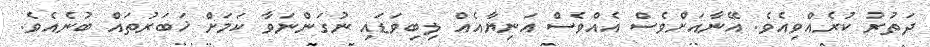
ދަތުރު ކުރެއްވިއެވެ. އޭނާއަށްވެސް އެއްވެސް އަނިޔާއެއް ލިބިވަޑައި ނުގަންނަވާ ކަމަށް ޚަބަރުތައް ބުނެއެވެ.